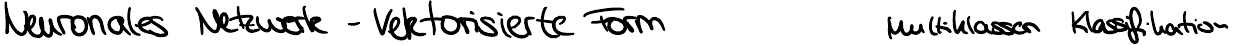
Neuronales Netzwerk - Vektorisierte Form    Multiklassen   Klassifikation